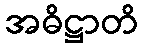
အဓိဋ္ဌာတိ